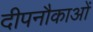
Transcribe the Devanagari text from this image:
दीपनौकाओं